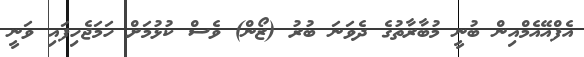
އެފްއޭއެމްއިން ބުނީ މުބާރާތުގެ ދެވަނަ ބުރު (ޒޯން) ވެސް ކުޅުމަށް ހަމަޖެހިފައި ވަނީ